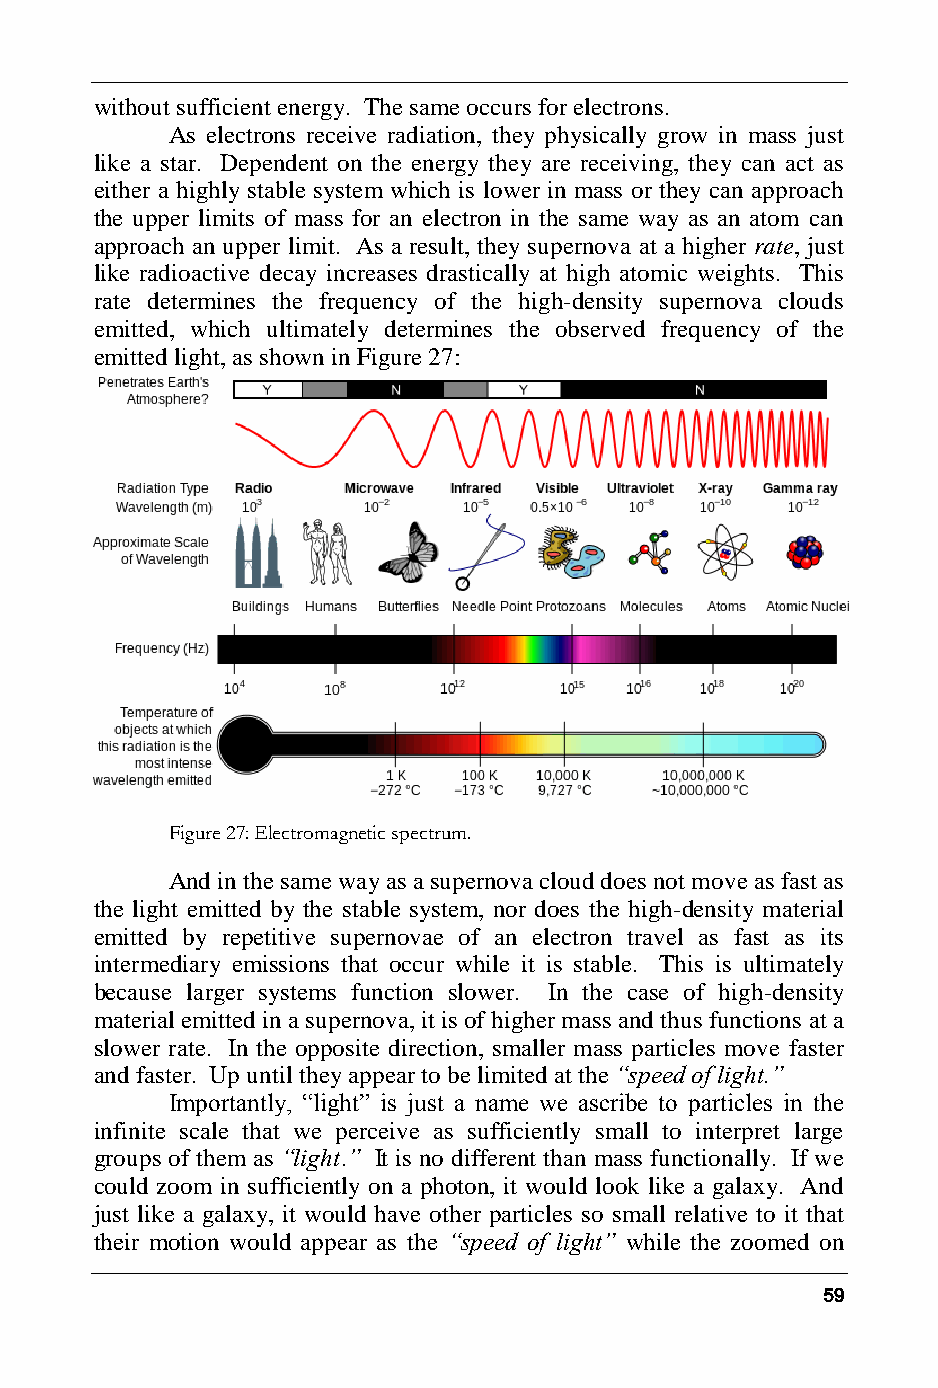
without sufficient energy. The same occurs for electrons.
 As electrons receive radiation, they physically grow in mass just
 like a star. Dependent on the energy they are receiving, they can act as
 either a highly stable system which is lower in mass or they can approach
 the upper limits of mass for an electron in the same way as an atom can
 approach an upper limit. As a result, they supernova at a higher rate, just
 like radioactive decay increases drastically at high atomic weights. This
 rate determines the frequency of the high-density supernova clouds
 emitted, which ultimately determines the observed frequency of the
 emitted light, as shown in Figure 27:
 Figure 27: Electromagnetic spectrum.
 And in the same way as a supernova cloud does not move as fast as
 the light emitted by the stable system, nor does the high-density material
 emitted by repetitive supernovae of an electron travel as fast as its
 intermediary emissions that occur while it is stable. This is ultimately
 because larger systems function slower. In the case of high-density
 material emitted in a supernova, it is of higher mass and thus functions at a
 slower rate. In the opposite direction, smaller mass particles move faster
 and faster. Up until they appear to be limited at the “speed of light.”
 Importantly, “light” is just a name we ascribe to particles in the
 infinite scale that we perceive as sufficiently small to interpret large
 groups of them as “light.” It is no different than mass functionally. If we
 could zoom in sufficiently on a photon, it would look like a galaxy. And
 just like a galaxy, it would have other particles so small relative to it that
 their motion would appear as the “speed of light” while the zoomed on
 59